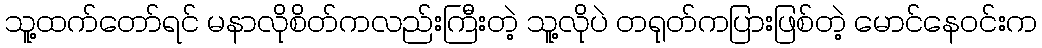
သူ့ထက်တော်ရင် မနာလိုစိတ်ကလည်းကြီးတဲ့ သူ့လိုပဲ တရုတ်ကပြားဖြစ်တဲ့ မောင်နေဝင်းက